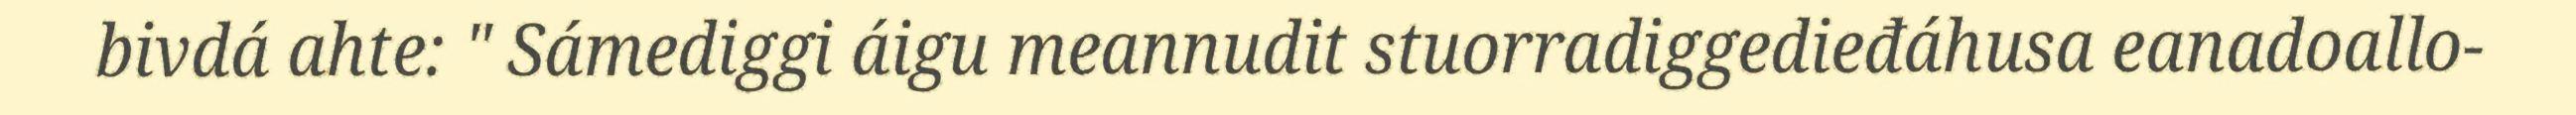
bivdá ahte: " Sámediggi áigu meannudit stuorradiggedieđáhusa eanadoallo-